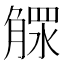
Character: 𣎕